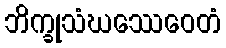
ဘိက္ခုသံဃဿေဝေတံ